EKP_Harju_Rajoonikomitee, lk 3
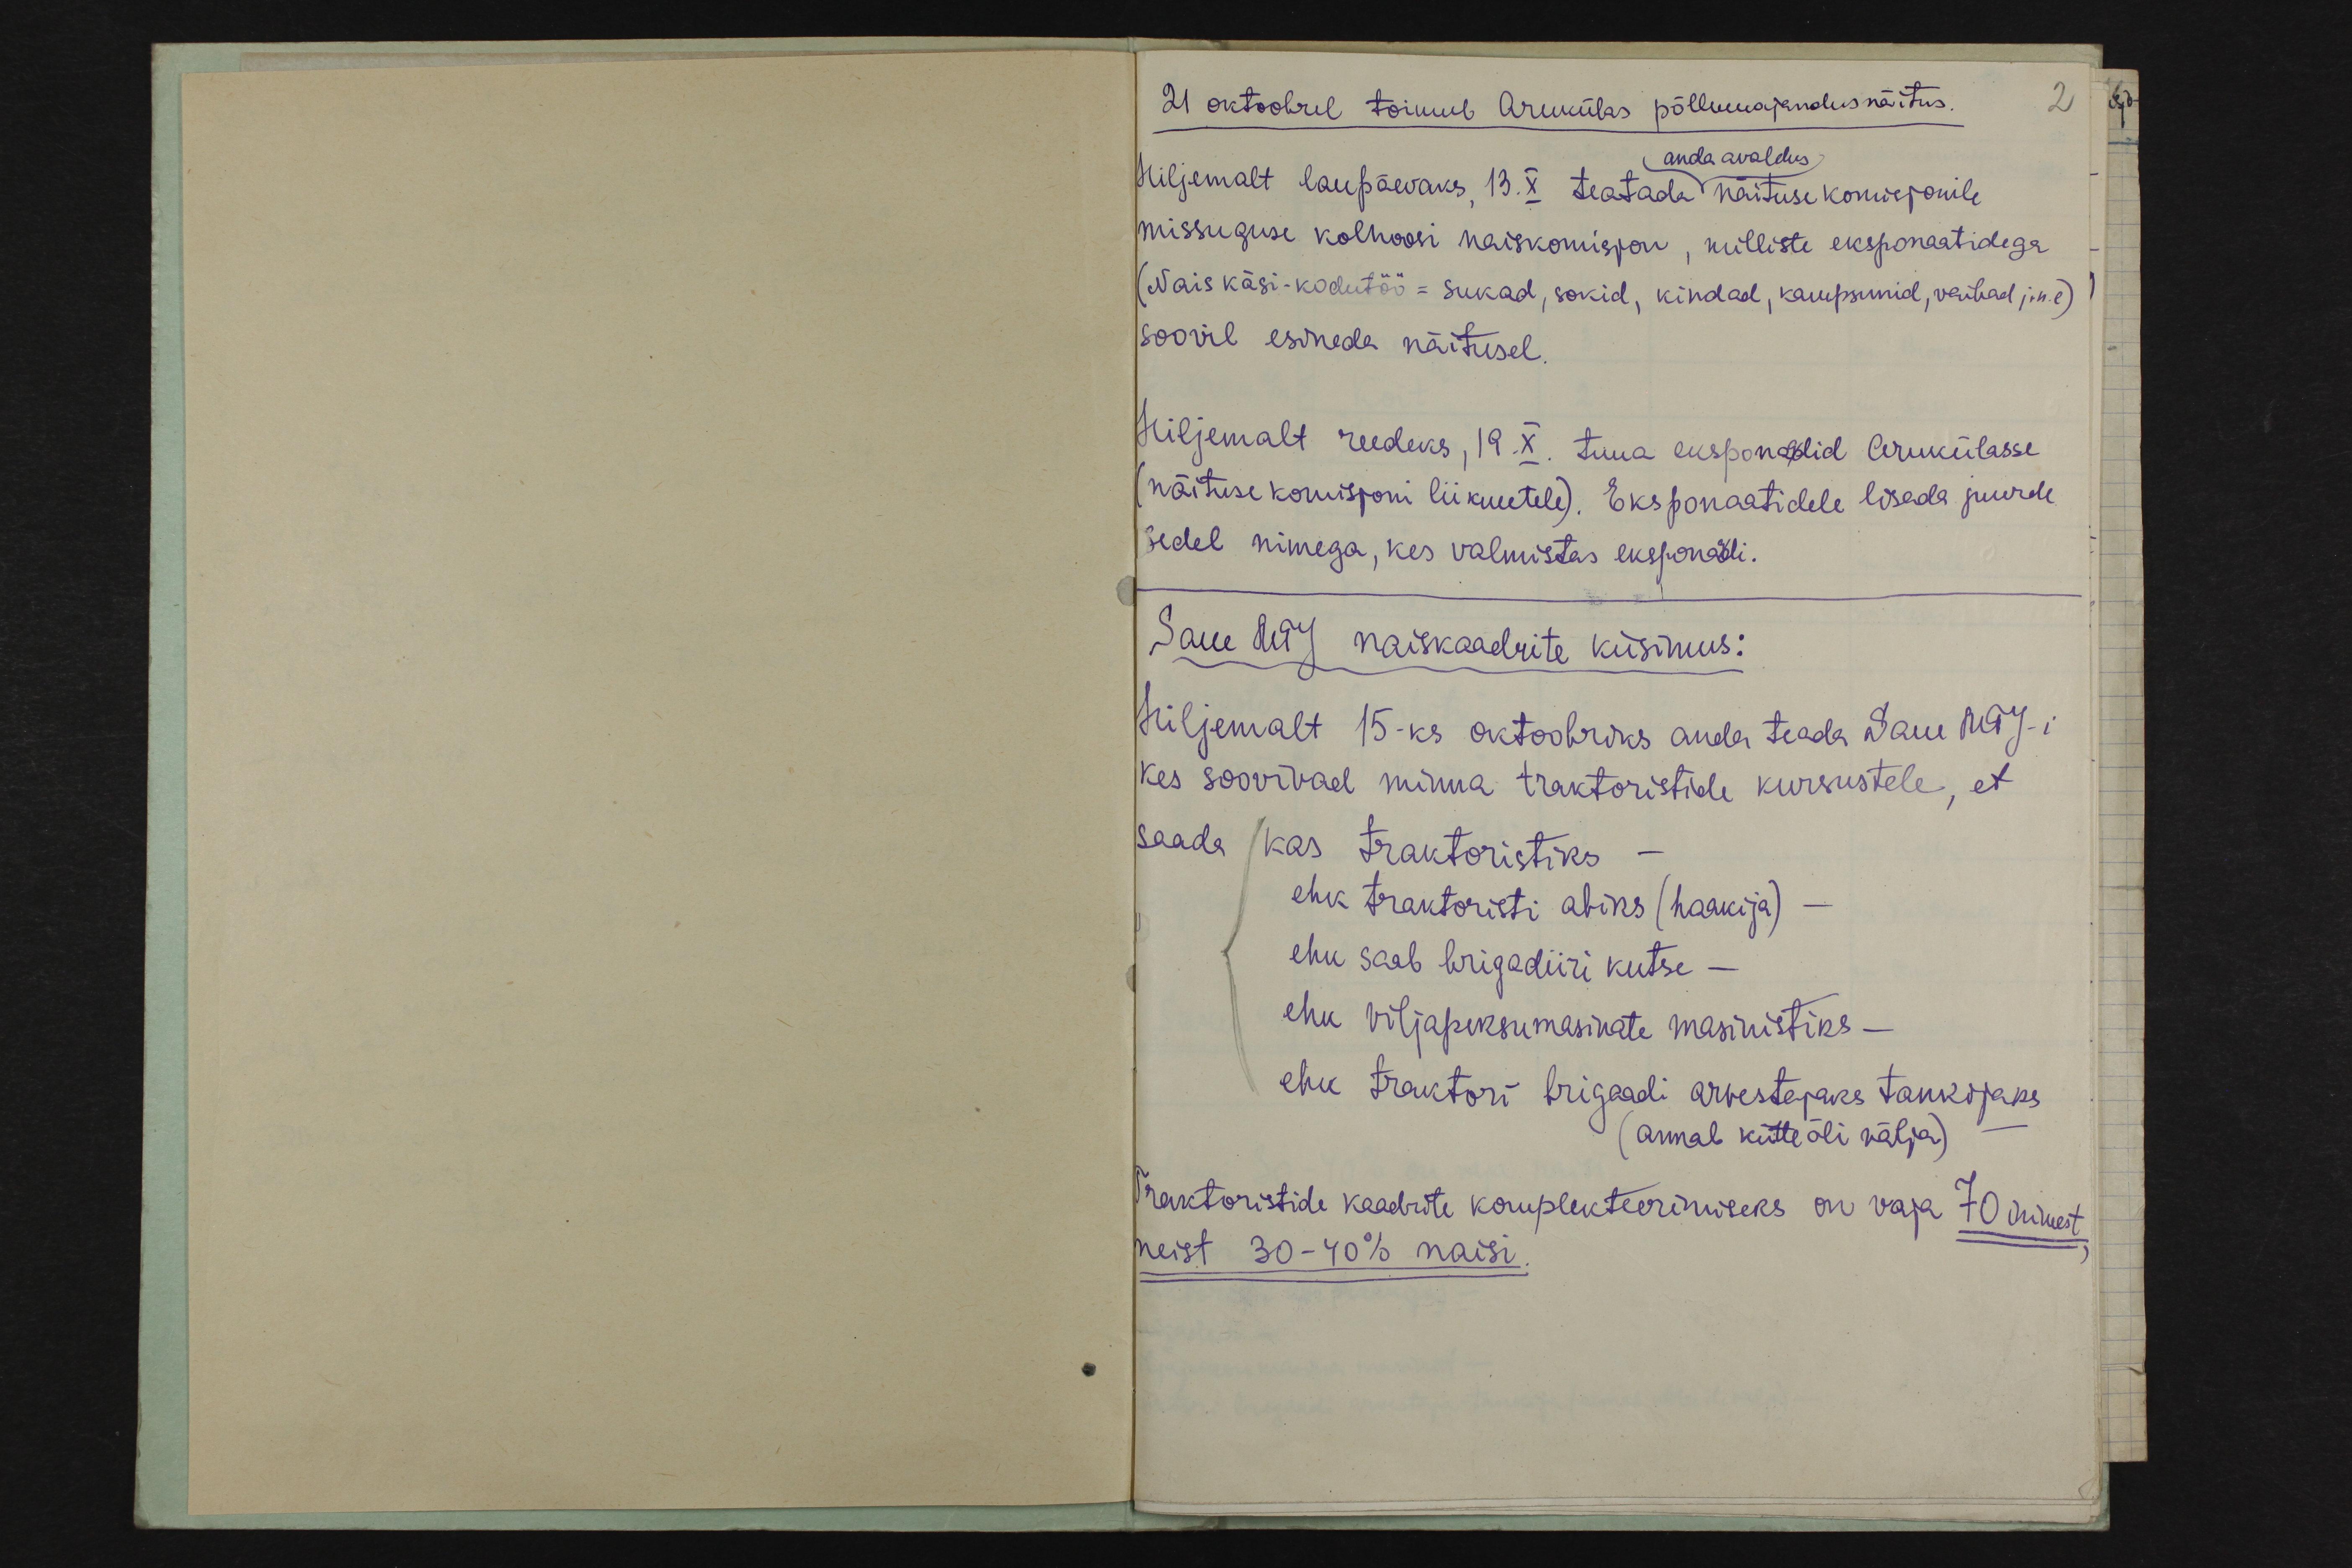
21 oktoobril toimub Arukülas põllumajandus näitus.
2
anda avaldus
Hiljemalt laupäevaks 13.X teatada näituse komisjonile
missuguse kolhoosi naiskomisjon, milliste eksponaatidega
(Nais käsi-kodutöö- sukad, sokid, kindad, kampsunid, vaibad j.n.e)
soovil esineda näitusel.
Hiljemalt reedeks, 19.X. tuua eksponaadid Arukülasse
(näituse komisjoni liikmetele). Eksponaatidele lisada juurde
sedel nimega, kes valmistas eksponaadi.
Saue MTJ naiskaadrite küsimus:
Miljemalt 15-ks oktoobriks anda teadaSaue MTJ-i.
kes soovivad minna traktoristide kursustele, et
saada kas traktoristiks
ehk traktoristi abiks (haakija)
ehk saab brigadiiri kutse -
ehk viljapeksumasinate masinistiks -
ehk traktori brigaadi arvestajaks tankijaks
(annab kütte õli välja)
Traktoristide kaadrite komplekteerimiseks on vaja 70 inimest
neist 30-40% naisi.